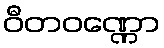
ဝီတဝဏ္ဏော